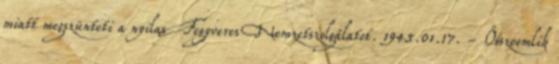
miatt megszünteti a nyilas Fegyveres Nemzetszolgálatot. 1945.01.17. - Összeomlik